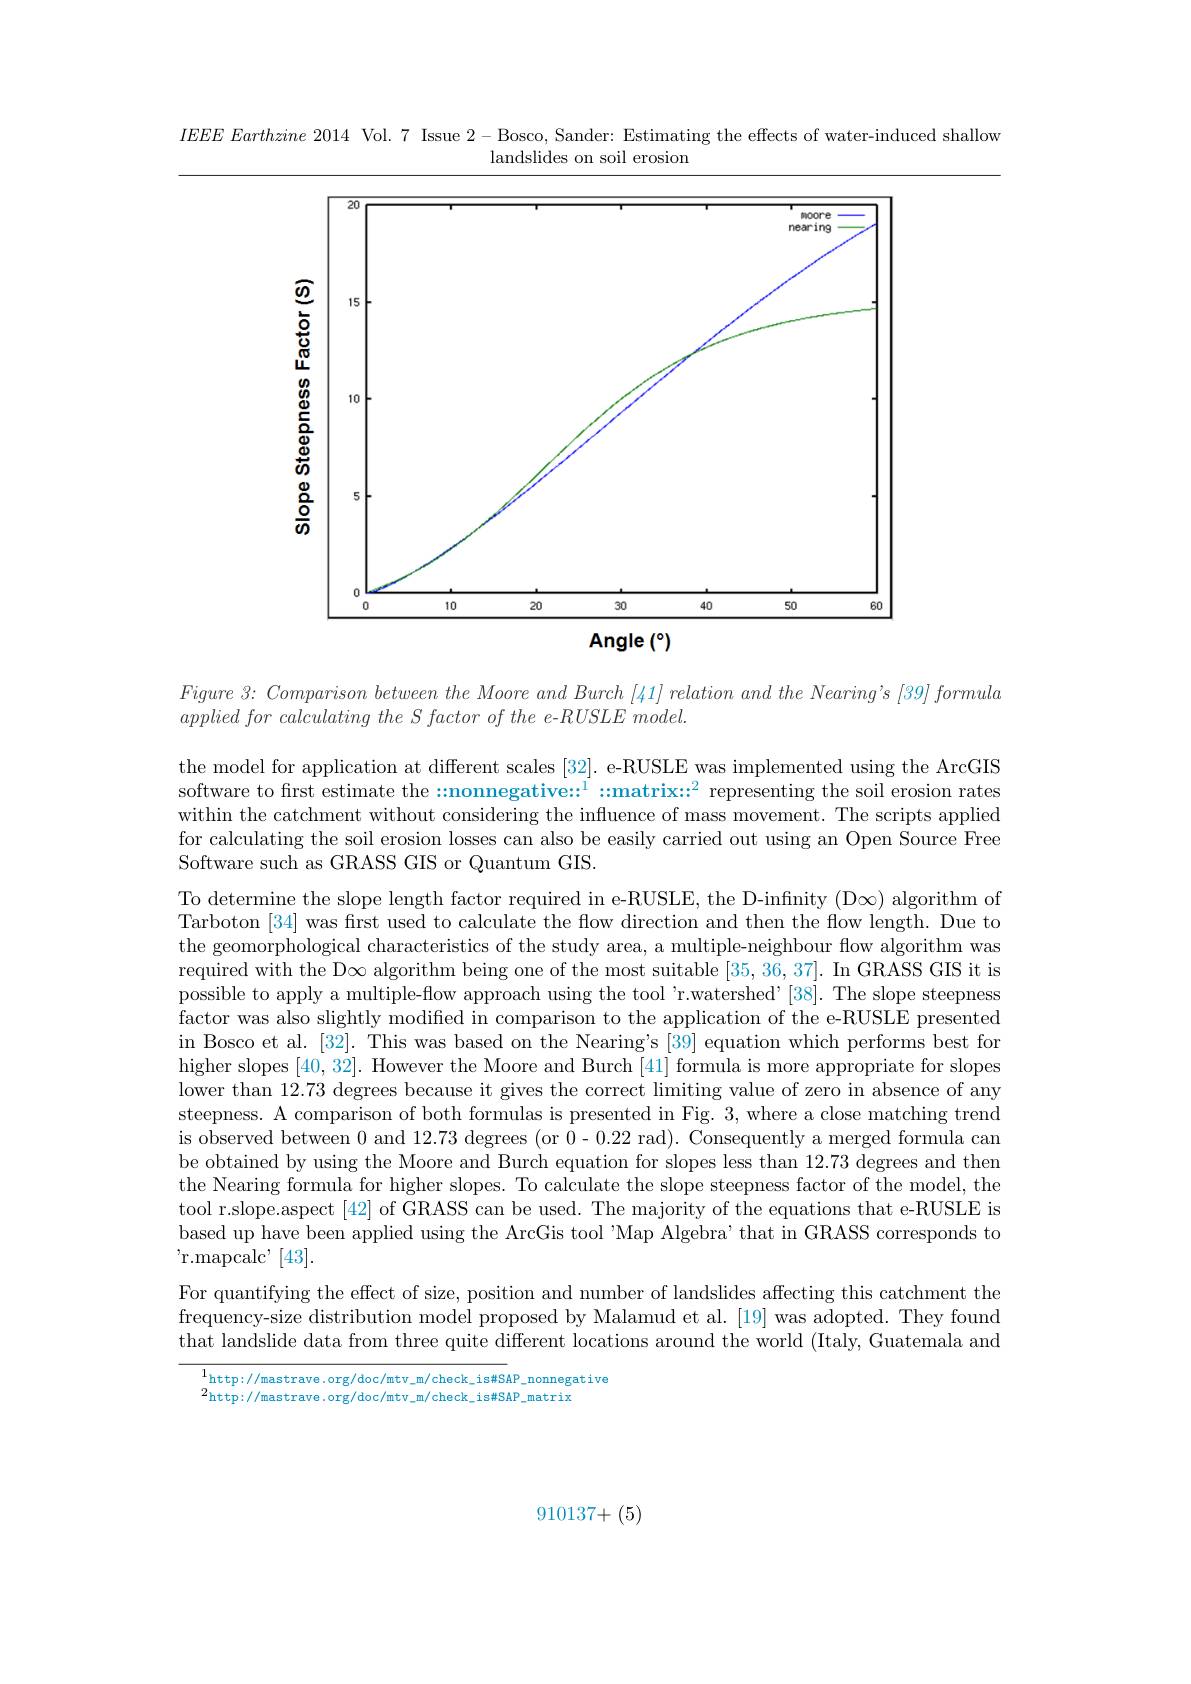
$IEEEEEarthzine2014$ Vol. 7 Issue 2-Bosco, Sander: Estimating the effects of water-induced shallow

landslides on soil erosion
<FigureHere>

$Figure\textit{ 3: Comparison between the Moore and Burch [ 41] relation and the Nearing' s [ 39] formula}$

$applied\textit{ for calculating the S factor of the e- RUSLE model. }$
the model for application at different scales [32]. e-RUSLE was implemented using the ArcGIS software to first estimate the $::\text{nonnegative::}^1::\text{matrix::}^2$ representing the soil erosion rates within the catchment without considering the influence of mass movement. The scripts applied for calculating the soil erosion losses can also be easily carried out using an Open Source Free Software such as GRASS GIS or Quantum GIS.
To determine the slope length factor required in e-RUSLE, the D-infinity (D$\infty)$ algorithm of Tarboton [34] was first used to calculate the flow direction and then the flow length. Due to the geomorphological characteristics of the study area, a multiple-neighbour flow algorithm was required with the D$\infty$ algorithm being one of the most suitable [35,36,37]. In GRASS GIS it is possible to apply a multiple-flow approach using the tool 'r.watershed'[38]. The slope steepness factor was also slightly modified in comparison to the application of the e-RUSLE presented in Bosco et al. [32]. This was based on the Nearing's [39] equation which performs best for higher slopes [40,32]. However the Moore and Burch [41] formula is more appropriate for slopes lower than 12.73 degrees because it gives the correct limiting value of zero in absence of any steepness. A comparison of both formulas is presented in Fig. 3, where a close matching trend is observed between 0 and 12.73 degrees (or 0- 0.22 rad). Consequently a merged formula can be obtained by using the Moore and Burch equation for slopes less than 12.73 degrees and then the Nearing formula for higher slopes. To calculate the slope steepness factor of the model, the tool r.slope.aspect[42] of GRASS can be used. The majority of the equations that e-RUSLE is based up have been applied using the ArcGis tool "Map Algebra'that in GRASS corresponds to $^{\prime }$r. mapcal$c^{\prime }$ [43].
For quantifying the effect of size, position and number of landslides affecting this catchment the frequency-size distribution model proposed by Malamud et al.[19] was adopted. They found that landslide data from three quite different locations around the world (Italy, Guatemala and

$\frac{1}{\mathrm{http://mastrave.org/doc/mtv\_m/check\_is\#SAP\_nonnegative}}$
2http://mastrave.org/doc/mtv\_m/check\_is#SAP\_matrix

910137+(5)